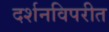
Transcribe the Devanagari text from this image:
दर्शनविपरीत